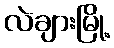
လဲချားမြို့